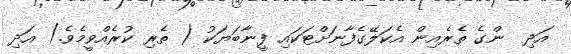
އަދި  ންގެ ތެރެއިން އެކަލޭގެފާނަށްޓަކައި ފީނާބަޔަކު ( ތެރި ކުރެއްވީމެވެ.) އަދި